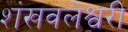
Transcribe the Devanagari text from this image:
शंखवलेश्वरी